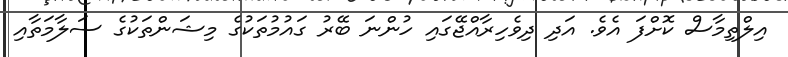
އިލްތިމާސް ކޮށްފަ އެވެ. އަދި ދިވެހިރާއްޖޭގައި ހުންނަ ބޭރު ގައުމުތަކުގެ މިޝަންތަކުގެ ސަލާމަތާއި